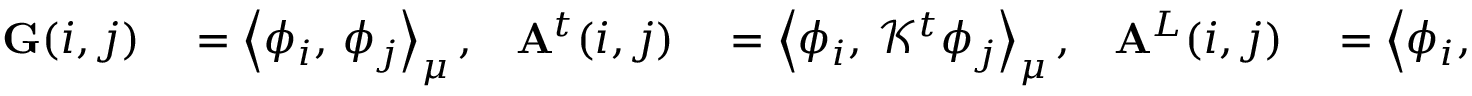
\begin{array} { r l r l r l } { \mathbf { G } ( i , j ) } & { { } = \left\langle \phi _ { i } , \, \phi _ { j } \right\rangle _ { \mu } , } & { \mathbf { A } ^ { t } ( i , j ) } & { { } = \left\langle \phi _ { i } , \, \mathcal { K } ^ { t } \phi _ { j } \right\rangle _ { \mu } , } & { \mathbf { A } ^ { L } ( i , j ) } & { { } = \left\langle \phi _ { i } , \, \mathcal { L } \phi _ { j } \right\rangle _ { \mu } . } \end{array}